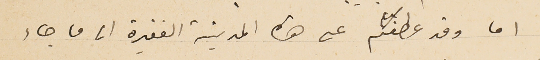
اما وقد عطفتم على هذه المدينة الفقيرة الى ما جاء